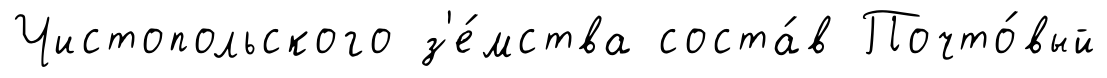
Чистопольского з'е́мства соста́в Почто́вый